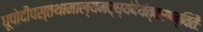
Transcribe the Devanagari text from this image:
धूपोदीपस्तथामाल्यमर्घ्यंदेयंत्वरान्वितैः